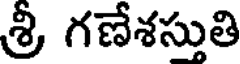
శ్రీ గణేశసుతి